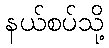
နယ်စပ်သို့